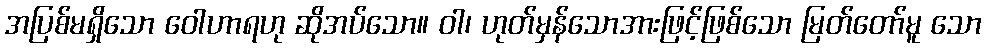
အပြစ်မရှိသော ဝေါဟာရဟု ဆိုအပ်သော။ ဝါ၊ ဟုတ်မှန်သောအားဖြင့်ဖြစ်သော မြတ်တော်မူ သော